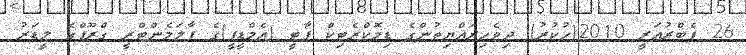
26 ފެބްރުއަރީ 2010(ހުކުރު) ދިވެހިރައްޔިތުންގެ ޑިމޮކްރެޓިކް ޕާޓީ (އެމްޑީޕީ)ގެ ޕާލަމެންޓްރީ ގްރޫޕްގެ ލީޑަރު